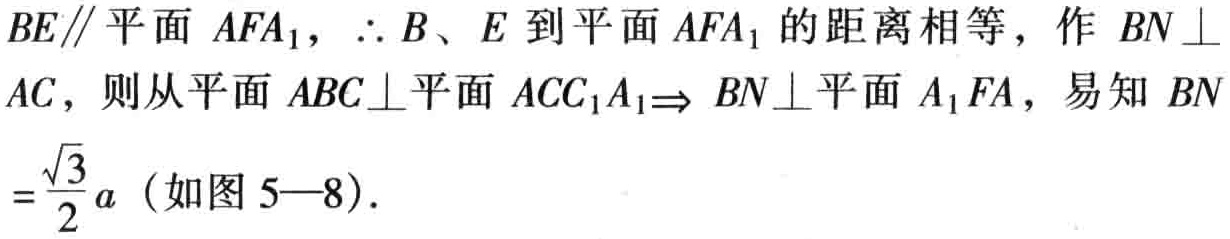
$BE\parallel 平面\ AFA_{1},\ \therefore B、E\ 到平面\ AFA_{1}\ 的距离相等，作\ BN\perp AC，则从平面\ ABC\perp 平面\ ACC_{1}A_{1}\Rightarrow BN\perp 平面\ A_{1}FA，易知\ BN=\frac{\sqrt{3}}{2}a（如图\ 5—8）.$